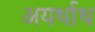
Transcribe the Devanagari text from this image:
अयर्थाथ